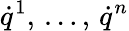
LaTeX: \displaystyle{\dot{q}}^{1},\, \ldots,\, {\dot{q}}^{n}